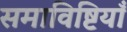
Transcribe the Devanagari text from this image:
समाविष्टियाँ